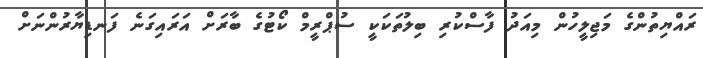
ރައްޔިތުންގެ މަޖިލީހުން މިއަދު ފާސްކުރި ބިލުތަކަކީ ސުޕްރީމް ކޯޓުގެ ބާރަށް އަރައިގަނެ ފަނޑިޔާރުންނަށް